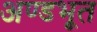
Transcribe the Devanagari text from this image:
अण्डभूत